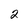
Character: 2